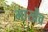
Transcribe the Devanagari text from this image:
मार्खेंव